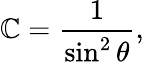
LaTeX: \mathbb{C}={\frac{{1}}{{\sin^{2}\theta}}},